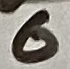
Text: 6